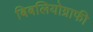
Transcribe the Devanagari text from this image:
बिबलियोग्राफी